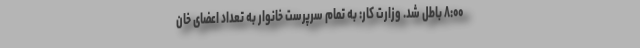
۸:۰۰ باطل شد. وزارت کار: به تمام سرپرست خانوار به تعداد اعضای خان